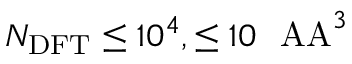
N _ { \mathrm { D F T } } \leq 1 0 ^ { 4 } , \leq 1 0 ~ \mathrm { \ A A } ^ { 3 }